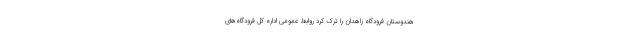
هندوستان فرودگاه زاهدان را ترک کرد روابط عمومی اداره کل فرودگاه‌های